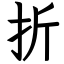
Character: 折